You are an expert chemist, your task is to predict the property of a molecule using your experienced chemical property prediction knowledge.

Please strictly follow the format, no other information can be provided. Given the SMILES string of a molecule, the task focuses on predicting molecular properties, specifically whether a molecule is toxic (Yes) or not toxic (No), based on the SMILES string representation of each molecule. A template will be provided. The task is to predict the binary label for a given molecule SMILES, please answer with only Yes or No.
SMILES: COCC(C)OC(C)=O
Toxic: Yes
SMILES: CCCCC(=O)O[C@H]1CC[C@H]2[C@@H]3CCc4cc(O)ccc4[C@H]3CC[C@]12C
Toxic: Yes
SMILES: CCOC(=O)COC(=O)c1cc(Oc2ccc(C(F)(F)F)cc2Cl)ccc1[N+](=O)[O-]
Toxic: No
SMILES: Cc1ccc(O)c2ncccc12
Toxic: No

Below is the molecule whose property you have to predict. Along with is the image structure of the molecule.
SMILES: COc1cc(C)ccc1O
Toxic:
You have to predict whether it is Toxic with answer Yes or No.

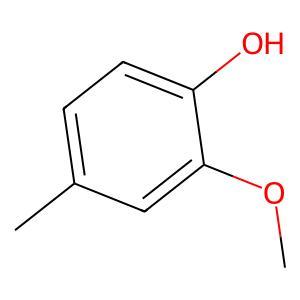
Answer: No